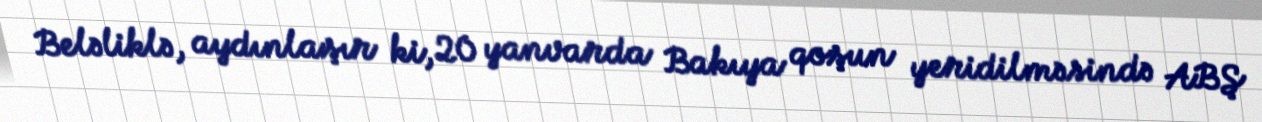
Beləliklə, aydınlaşır ki, 20 yanvarda Bakıya qoşun yeridilməsində ABŞ